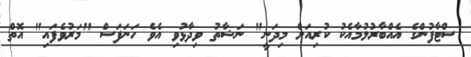
ސްޓާފުންގެ އެއްބާރުލުމާއެކު ކުރިއަށް މިދަނީ" ނަޝާތު ވިދާޅުވި އެވެ ހަނަފަސް "މަރުވެފައި" އޮތް